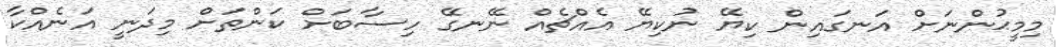
މިމީޙުންނަށް އަނގައިން ކިޔޭ ނުކިޔޭ އެއްޗެއް ނޭނގޭ ހިސާބަށް ކަންތަށް މިދަނީ އަނެއްކާ